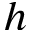
h